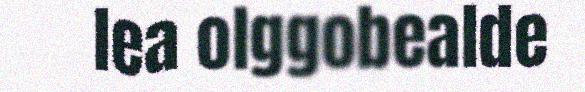
lea olggobealde